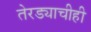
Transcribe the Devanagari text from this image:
तेरड्याचीही